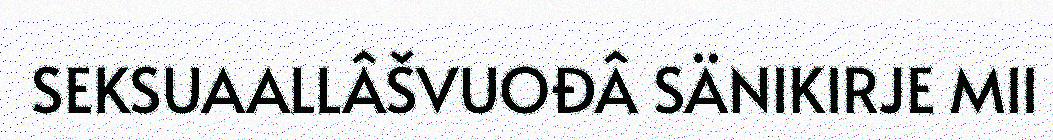
SEKSUAALLÂŠVUOĐÂ SÄNIKIRJE MII